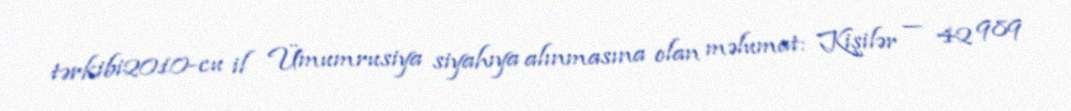
tərkibi2010-cu il Ümumrusiya siyahıya alınmasına olan məlumat: Kişilər — 42 989